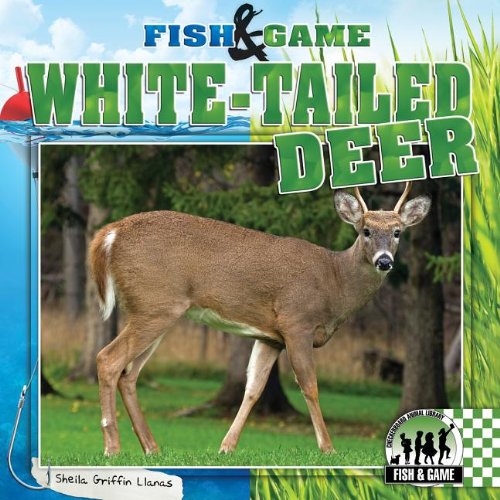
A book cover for White-Tailed Deer (Fish & Game); Sheila Griffin Llanas; Children's Books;